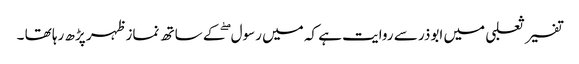
تفسیر ثعلبی میں ابوذر سے روایت ہے کہ میں رسول ۖکے ساتھ نماز ظہر پڑھ رہا تھا ۔